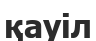
қауіл